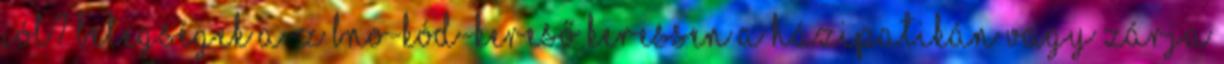
jól? Betegségek A-Z BNO-kód-kereső Keressen a házipatikán vagy zárja